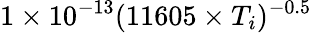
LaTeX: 1\times 10^{-13}(11605\times T_{i})^{-0.5}